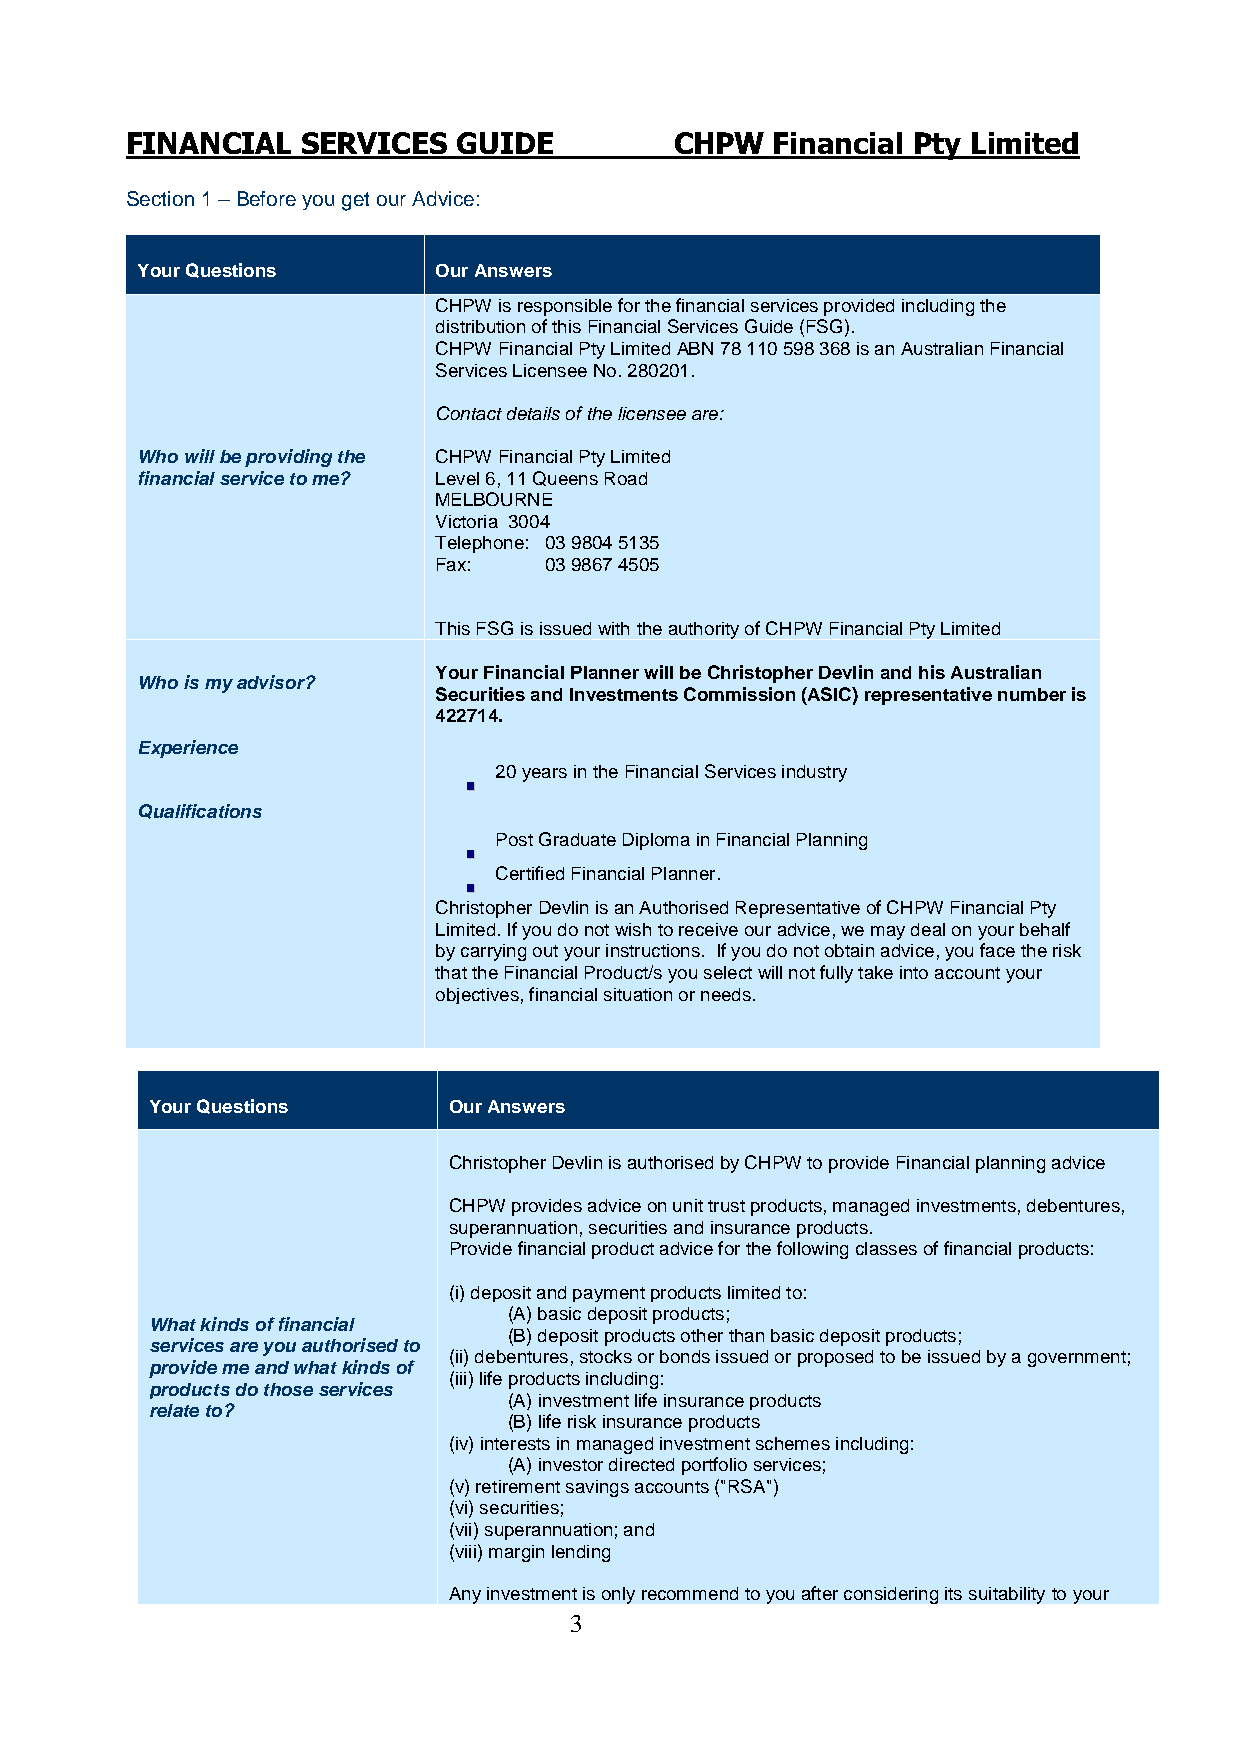
FINANCIAL   SERVICES  GUIDE          CHPW  Financial Pty Limited
 Section 1 – Before you get our Advice:
 Your Questions      Our Answers
 CHPW is responsible for the financial services provided including the
 distribution of this Financial Services Guide (FSG).
 CHPW Financial Pty Limited ABN 78 110 598 368 is an Australian Financial
 Services Licensee No. 280201.
 Contact details of the licensee are:
 Who will be providing the CHPW Financial Pty Limited
 financial service to me? Level 6, 11 Queens Road
 MELBOURNE
 Victoria 3004
 Telephone: 03 9804 5135
 Fax:   03 9867 4505
 This FSG is issued with the authority of CHPW Financial Pty Limited
 Your Financial Planner will be Christopher Devlin and his Australian
 Who is my advisor?
 Securities and Investments Commission (ASIC) representative number is
 422714.
 Experience
 20 years in the Financial Services industry
 ▪▪
 Qualifications
 Post Graduate Diploma in Financial Planning
 ▪▪
 Certified Financial Planner.
 ▪▪
 Christopher Devlin is an Authorised Representative of CHPW Financial Pty
 Limited. If you do not wish to receive our advice, we may deal on your behalf
 by carrying out your instructions. If you do not obtain advice, you face the risk
 that the Financial Product/s you select will not fully take into account your
 objectives, financial situation or needs.
 Your Questions      Our Answers
 Christopher Devlin is authorised by CHPW to provide Financial planning advice
 CHPW provides advice on unit trust products, managed investments, debentures,
 superannuation, securities and insurance products.
 Provide financial product advice for the following classes of financial products:
 (i) deposit and payment products limited to:
 (A) basic deposit products;
 What kinds of financial
 (B) deposit products other than basic deposit products;
 services are you authorised to
 (ii) debentures, stocks or bonds issued or proposed to be issued by a government;
 provide me and what kinds of
 (iii) life products including:
 products do those services
 (A) investment life insurance products
 relate to?
 (B) life risk insurance products
 (iv) interests in managed investment schemes including:
 (A) investor directed portfolio services;
 (v) retirement savings accounts ("RSA")
 (vi) securities;
 (vii) superannuation; and
 (viii) margin lending
 Any investment is only recommend to you after considering its suitability to your
 3